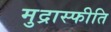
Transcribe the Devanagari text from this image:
मुद्रास्‍फीति